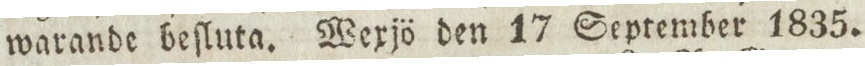
warande beſluta. Wexjö den 17 September 1835.